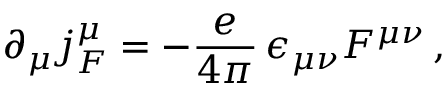
\partial _ { \mu } j _ { F } ^ { \mu } = - { \frac { e } { 4 \pi } } \, \epsilon _ { \mu \nu } F ^ { \mu \nu } \, ,